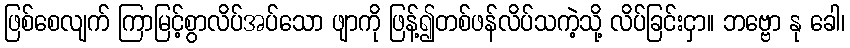
ဖြစ်စေလျက် ကြာမြင့်စွာလိပ်အပ်သော ဖျာကို ဖြန့်၍တစ်ဖန်လိပ်သကဲ့သို့ လိပ်ခြင်းငှာ။ ဘဗ္ဗော နု ခေါ၊